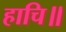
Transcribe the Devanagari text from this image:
हाचि॥